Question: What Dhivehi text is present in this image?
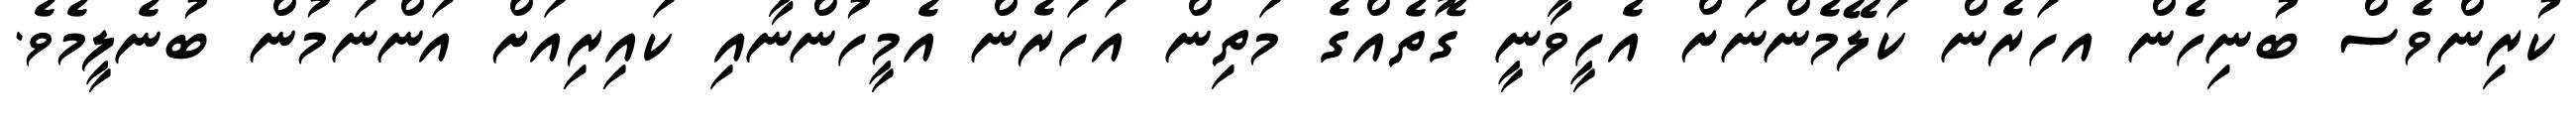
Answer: ކުރިންވެސް ބުނިހެން އހަރެން ކަލޭމެންނަށް އެހީވާނީ ގޮތެއްގެ މަތިން އަހަރެން އެމީހުންނާއި ކައިރިއަށް އަންނަމުން ބުނެލީމެވެ.